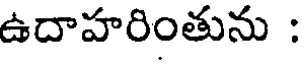
ఉదాహరింతును :